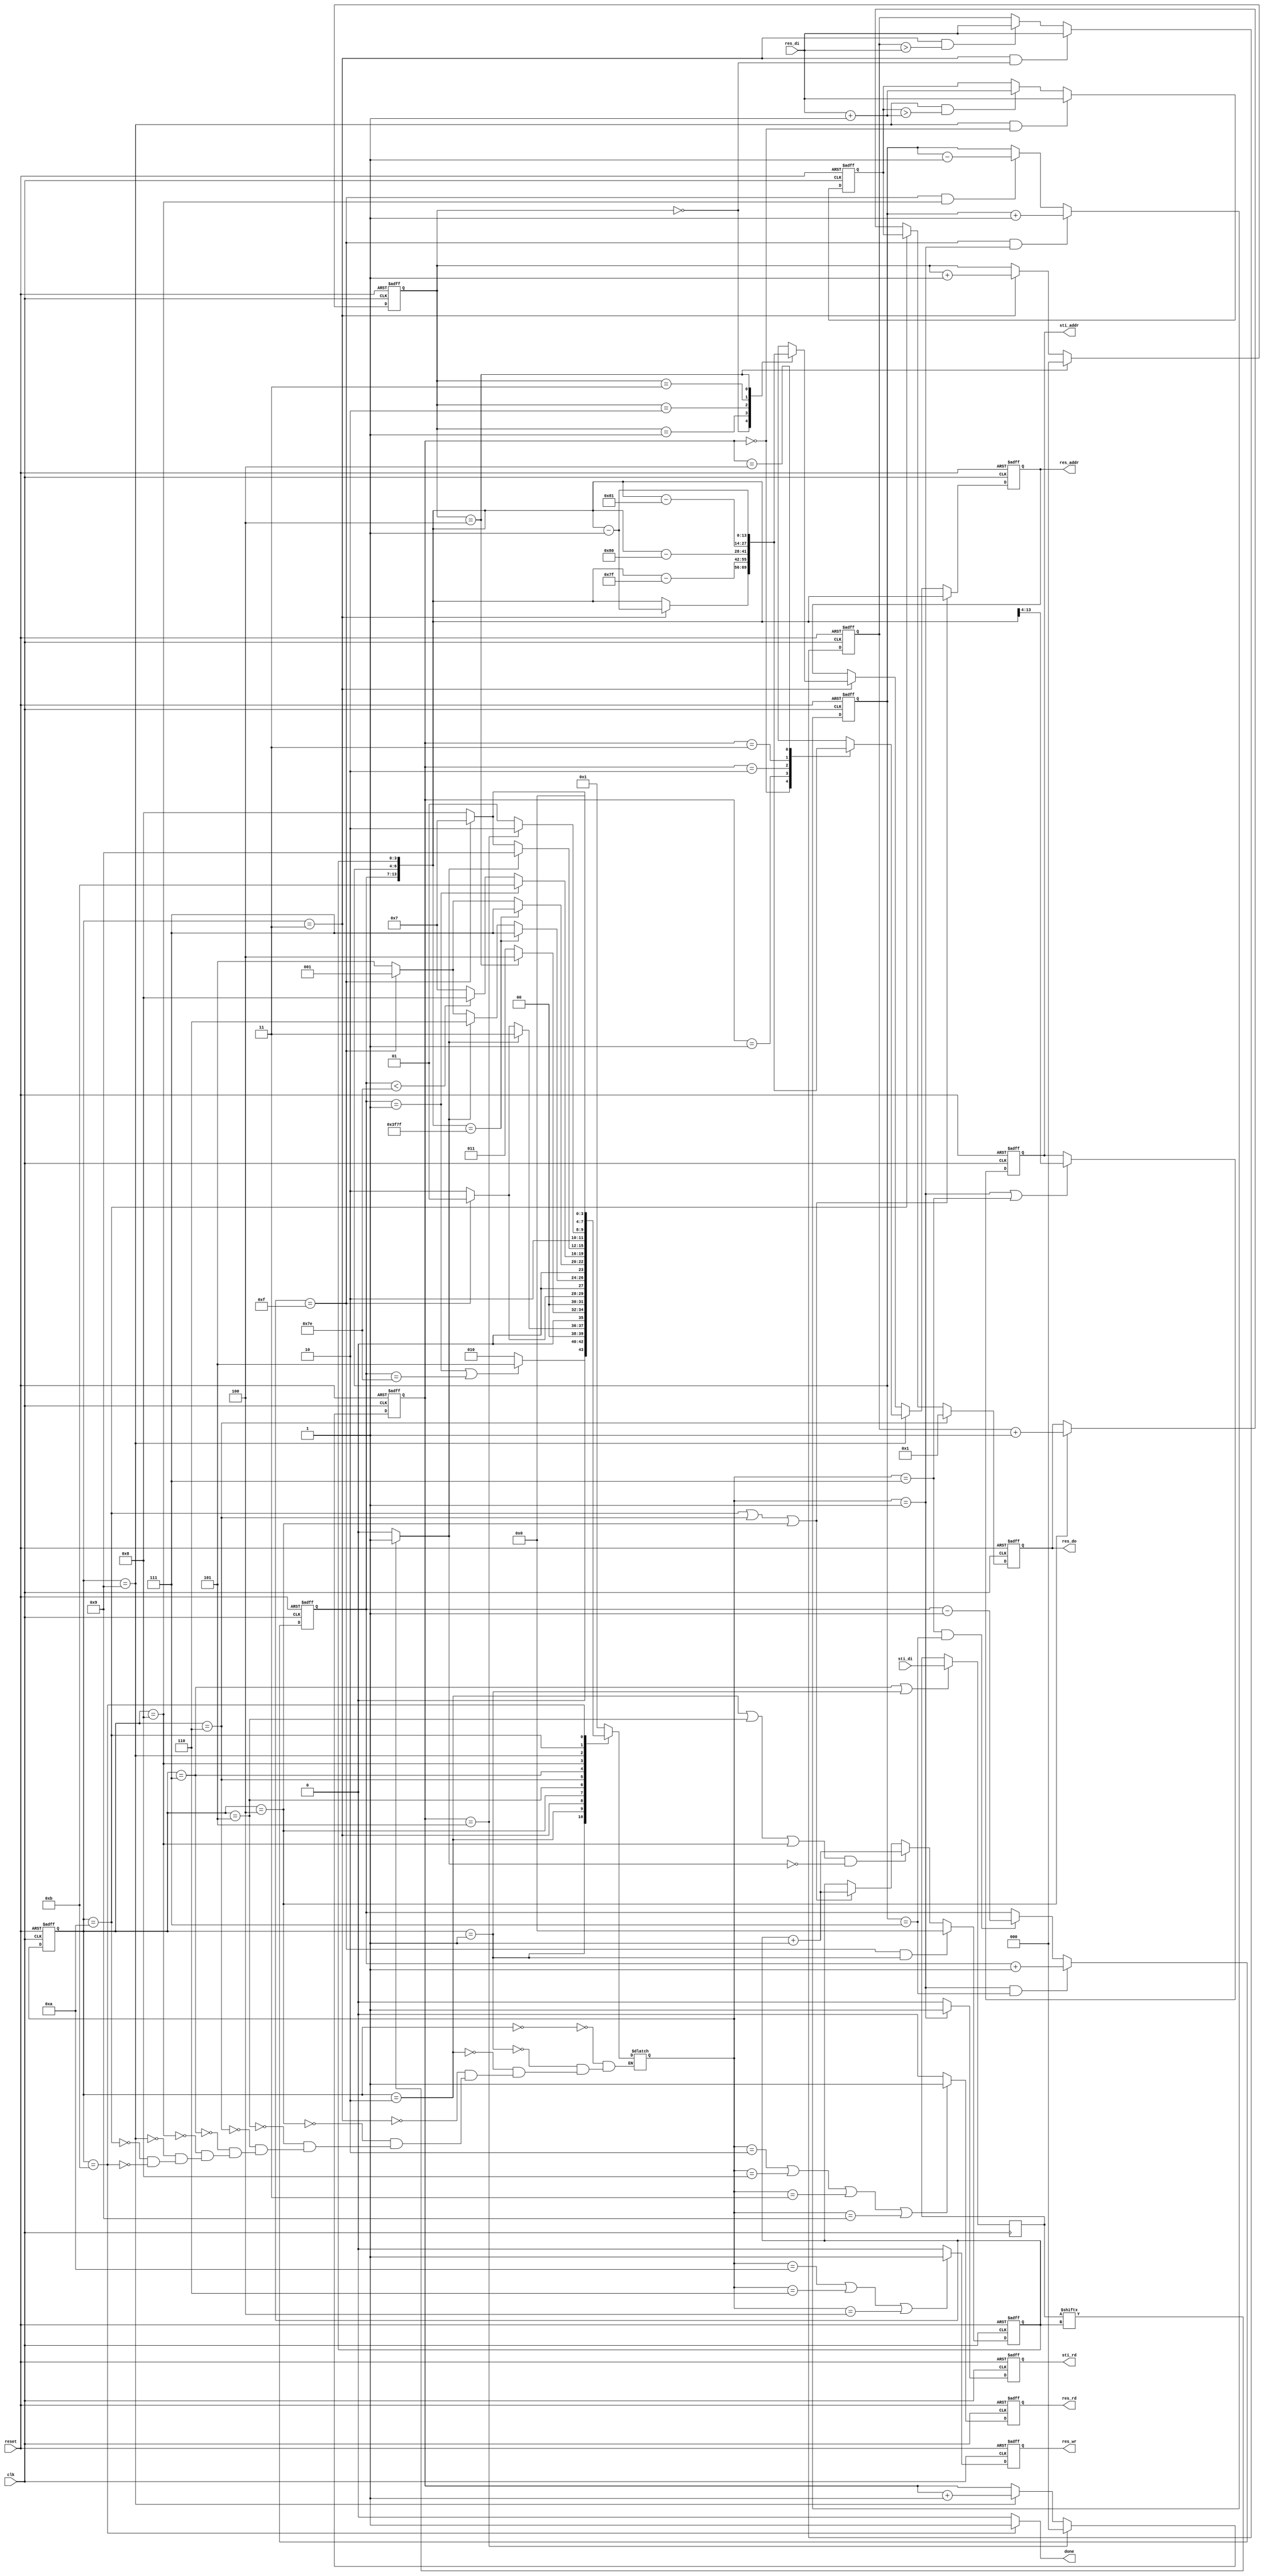
module DT(
	input 			clk, 
	input			reset,
	output			done ,
	output	reg		sti_rd ,
	output	reg 	[9:0]	sti_addr ,
	input		[15:0]	sti_di,
	output	reg		res_wr ,
	output	reg		res_rd ,
	output	reg 	[13:0]	res_addr ,
	output	reg 	[7:0]	res_do,
	input		[7:0]	res_di
	);

parameter idle=4'd0,

		  load_for=4'd1,
		  recog_for=4'd2,
		  cal_for=4'd3,
		  write_for=4'd4,
		  
		  recog_bound=4'd5,
		  write_bound=4'd6,
		  
		  load_back=4'd7,
		  recog_back=4'd8,
		  cal_back=4'd9,
		  write_back=4'd10,
		  
		  finish=4'd11;

reg [3:0] counter;		  
reg [3:0] cur_st,nxt_st;
reg [6:0] x;
reg [2:0] y;
reg [2:0]for_counter,back_counter;
wire b_enable;
wire get1;	
reg [15:0] buffer;
reg [7:0] min_back,min_for;
reg [13:0]addr[4:0];   /**/
wire [13:0]cen;
always@(posedge clk or negedge reset)
begin
	if(!reset)
		min_for<=8'd0;
	else if((cur_st==cal_for)&&(for_counter==3'd0))
		min_for<=res_di;
	else if((cur_st==cal_for)&&(min_for>res_di))
		min_for<=res_di;		
end


always@(posedge clk or negedge reset)
begin
	if(!reset)
		min_back<=8'd0;
	else if((cur_st==cal_back)&&(back_counter==3'd0))
		min_back<=res_di;
	else if((cur_st==cal_back)&&(min_back>(res_di+8'd1)))
		min_back<=res_di+8'd1;
end

assign cen={x,y,counter};
always@(*)
begin
	case(cur_st)
		cal_for:
			begin
				addr[0]=cen-14'd1; /*14d*/
				addr[1]=cen-14'd127;
				addr[2]=cen-14'd128;
				addr[3]=cen-14'd129;
				addr[4]=cen-14'd1;
			end
		cal_back:
			begin
				addr[0]=cen;
				addr[1]=cen-14'd127;
				addr[2]=cen-14'd128;
				addr[3]=cen-14'd129;
				addr[4]=cen-14'd1;
			
			end
			
		default	:
			begin
				addr[0]=cen;
				addr[1]=cen;
				addr[2]=cen;
				addr[3]=cen;
				addr[4]=cen;
			end
		endcase
end



always@(posedge clk)
begin
	if((cur_st==load_back)||(cur_st==load_for))
		buffer<=sti_di;
end

always@(posedge clk or negedge reset)
begin
	if(!reset)
		sti_rd<=1'd0;
	else if(nxt_st==load_for)
		sti_rd<=1'd1;	
	else sti_rd<=1'd0;
end

always@(posedge clk or negedge reset)
begin
	if(!reset)
		sti_addr<=10'd0;
	else if(nxt_st==load_for||nxt_st==load_back) /*nxt_st==load_back*/
		sti_addr<={x,y};	
end

always@(posedge clk or negedge reset)
begin
	if(!reset)
		res_wr<=1'd0;
	else if(nxt_st==write_back||nxt_st==write_bound||nxt_st==write_for)
		res_wr<=1'd1;
	else res_wr<=1'd0;
end


always@(posedge clk or negedge reset)
begin
	if(!reset)
		res_rd<=1'd0;
	else if(nxt_st==recog_for||nxt_st==recog_back||nxt_st==cal_for||nxt_st==cal_back)
		res_rd<=1'd1;
	else res_rd<=1'd0;		
end

always@(posedge clk or negedge reset)
begin
	if(!reset)
		res_addr<=14'd0;
	else if(cur_st==write_back||cur_st==write_bound||cur_st==write_for)   
		res_addr<={x,y,counter};
	else if(cur_st==cal_back)
		res_addr<=addr[back_counter];
	else if(cur_st==cal_for)
		res_addr<=addr[for_counter]	;
end

always@(posedge clk or negedge reset) 
begin
	if(!reset)
		res_do<=8'd0;
	else if(cur_st==write_bound)
		res_do<=8'd1;
	else if(cur_st==write_back)
		res_do<=min_back;
	else if(cur_st==write_for)
		res_do<=min_for+8'd1;		
end

assign done=(cur_st==finish)?1:0;
		
always@(posedge clk or negedge reset)   
    if(!reset)
       cur_st<=idle;
    else 
       cur_st<=nxt_st;    


	   
always@(*)
  begin
    case(cur_st)
		idle:nxt_st=load_for;
		
		load_for:nxt_st=((x==7'd1)||(x==7'd126))?recog_bound:recog_for;
		recog_for:nxt_st=(get1)?cal_for:(counter==4'd15)?load_for:recog_for;
        cal_for:nxt_st=(for_counter==3'd4)?write_for:cal_for;
		write_for:nxt_st=(counter==4'd15)?load_for:recog_for;
		
		recog_bound:nxt_st=(b_enable)?load_back:(get1)?write_bound:(counter==4'd15)?load_for:recog_bound;
		write_bound:nxt_st=(b_enable)?load_back:(counter==4'd15)?load_for:recog_bound;
		
		load_back:nxt_st=(x==7'd1)?finish:(x<7'd126)?recog_back:load_back;
		recog_back:nxt_st=(get1)?cal_back:(counter==4'd15)?load_back:recog_back;/*counter.....*/
		cal_back:nxt_st=(back_counter==3'd5)?write_back:cal_back;
		write_back:nxt_st=(counter==4'd15)?load_back:recog_back;
		
		finish:nxt_st=idle;
		
    endcase
  end
  	   
always@(posedge clk or negedge reset)
begin
	if(!reset)
		counter<=4'd0;
	else if(counter==4'd15&&cur_st==load_for)
		counter<=4'd0;
	else if((cur_st==recog_for||cur_st==recog_bound||cur_st==recog_back)&&(~get1))
		counter<=counter+4'd1;
	else if (cur_st==write_back||cur_st==write_bound||cur_st==write_for)
		counter<=counter+4'd1;
end

always@(posedge clk or negedge reset)
begin
	if(!reset)
		x<=7'd1;
	else if((nxt_st==load_for)&&(y==3'd7))   /*nxt*/
		x<=x+7'd1;
	else if ((nxt_st==load_back)&&(y==3'd7)) /*y nxt*/
		x<=x-7'd1;
end

always@(posedge clk or negedge reset)
begin
	if(!reset)
		y<=3'd0;
	else if(counter==4'd15&&nxt_st==load_for)
		y<=y+3'd1;
	else if (counter==4'd15&&cur_st==recog_back)/*counter recog*/
		y<=y-3'd1;
end

always@(posedge clk or negedge reset)
begin
	if(!reset)
		for_counter<=3'd0;
	else if (for_counter==3'd4)
		for_counter<=3'd0;
	else if (cur_st==cal_for)
		for_counter<=for_counter+3'd1;
end
	
always@(posedge clk or negedge reset)
begin
	if(!reset)
		back_counter<=3'd0;
	else if (back_counter==3'd5)
		back_counter<=3'd0;
	else if (cur_st==cal_back)
		back_counter<=back_counter+3'd1;
end

assign b_enable=({x,y,counter}==15'd16255);  //x=7'd126 y=3'd7 counter=4'd15
assign get1=(buffer[counter]==1'd1)?1'd1:1'd0;

endmodule